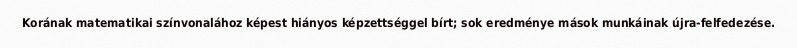
Korának matematikai színvonalához képest hiányos képzettséggel bírt; sok eredménye mások munkáinak újra-felfedezése.